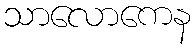
သာလောကေန